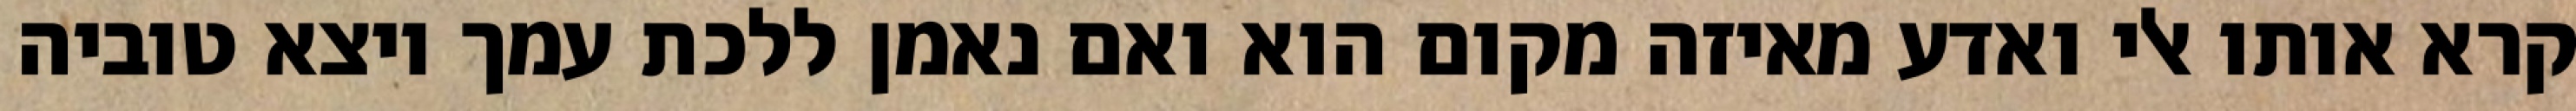
קרא אותו אלי ואדע מאיזה מקום הוא ואם נאמן ללכת עמך ויצא טוביה